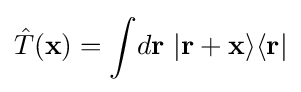
{\hat {T}}(\mathbf {x} )=\int \!d\mathbf {r} ~|\mathbf {r+x} \rangle \langle \mathbf {r} |